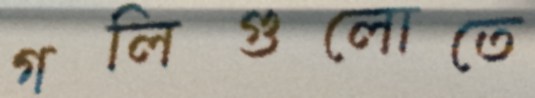
গলিগুলোতে